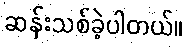
ဆန်းသစ်ခဲ့ပါတယ်။